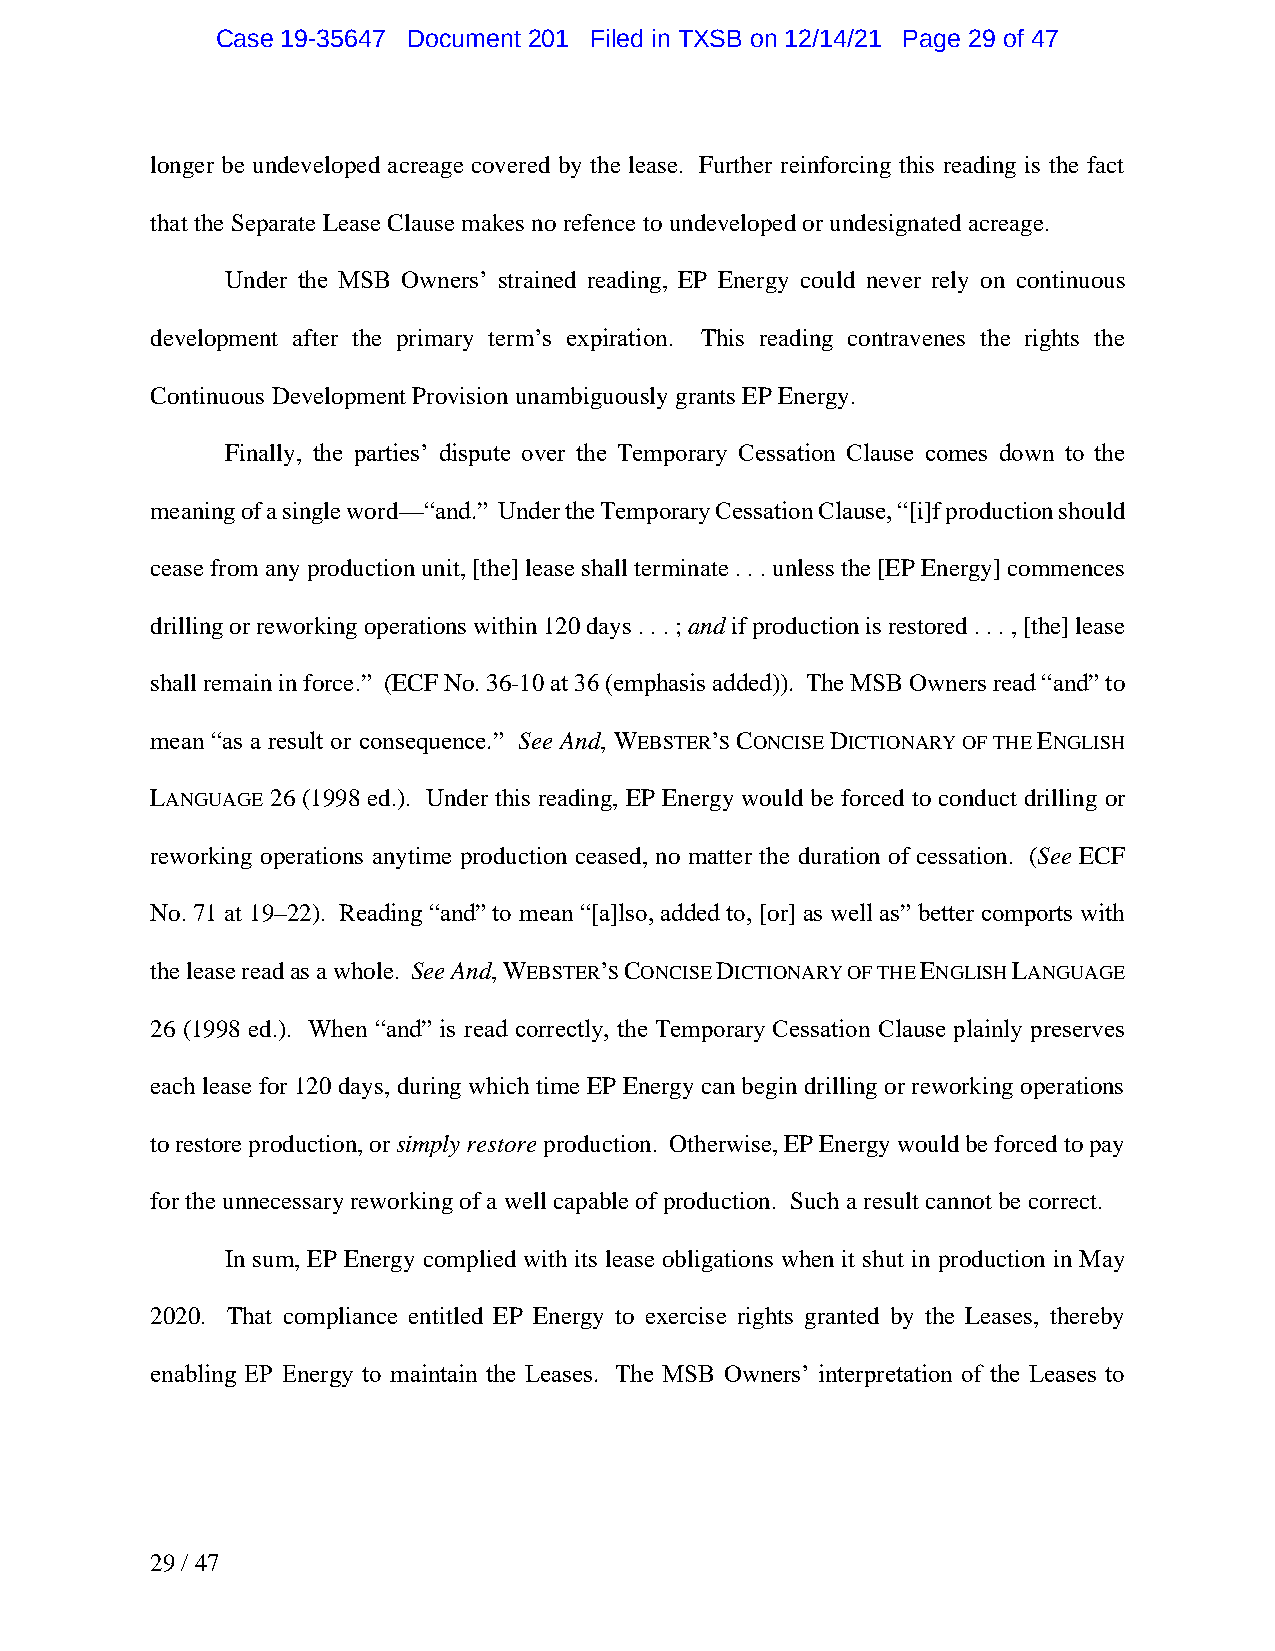
Case 19-35647 Document 201 Filed in TXSB on 12/14/21 Page 29 of 47
 longer be undeveloped acreage covered by the lease. Further reinforcing this reading is the fact
 that the Separate Lease Clause makes no refence to undeveloped or undesignated acreage.
 Under the MSB Owners’ strained reading, EP Energy could never rely on continuous
 development after the primary term’s expiration. This reading contravenes the rights the
 Continuous Development Provision unambiguously grants EP Energy.
 Finally, the parties’ dispute over the Temporary Cessation Clause comes down to the
 meaning of a single word—“and.” Under the Temporary Cessation Clause, “[i]f production should
 cease from any production unit, [the] lease shall terminate . . . unless the [EP Energy] commences
 drilling or reworking operations within 120 days . . . ; and if production is restored . . . , [the] lease
 shall remain in force.” (ECF No. 36-10 at 36 (emphasis added)). The MSB Owners read “and” to
 mean “as a result or consequence.” See And, WEBSTER’S CONCISE DICTIONARY OF THE ENGLISH
 LANGUAGE 26 (1998 ed.). Under this reading, EP Energy would be forced to conduct drilling or
 reworking operations anytime production ceased, no matter the duration of cessation. (See ECF
 No. 71 at 19–22). Reading “and” to mean “[a]lso, added to, [or] as well as” better comports with
 the lease read as a whole. See And, WEBSTER’S CONCISE DICTIONARY OF THE ENGLISH LANGUAGE
 26 (1998 ed.). When “and” is read correctly, the Temporary Cessation Clause plainly preserves
 each lease for 120 days, during which time EP Energy can begin drilling or reworking operations
 to restore production, or simply restore production. Otherwise, EP Energy would be forced to pay
 for the unnecessary reworking of a well capable of production. Such a result cannot be correct.
 In sum, EP Energy complied with its lease obligations when it shut in production in May
 2020. That compliance entitled EP Energy to exercise rights granted by the Leases, thereby
 enabling EP Energy to maintain the Leases. The MSB Owners’ interpretation of the Leases to
 29 / 47